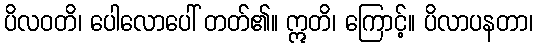
ပိလဝတိ၊ ပေါလောပေါ် တတ်၏။ ဣတိ၊ ကြောင့်။ ပိလာပနတာ၊